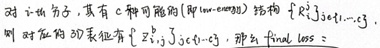
对于一个句子，其有 $c$ 种可能的（即 $\text{unigram}$）结构 $\{z_1^j\}_{j=1,\cdots,c}$，对应的 $\text{ID}$ 表征为 $\{z_1^j\}_{j=1,\cdots,c}$，那么 $\text{final loss}$ 为：